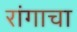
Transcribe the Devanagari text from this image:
रांगाचा